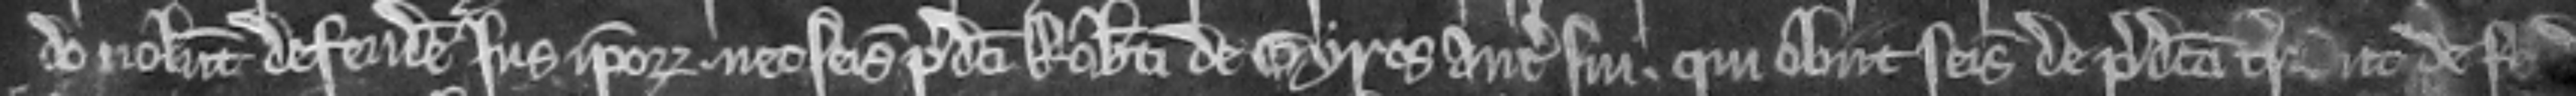
do volunt defendere jus ipsorum nec seisinam predicti Roberti de Gyros antecessoris sui. qui obiit seisitus de predicta terra ut de feodo